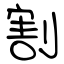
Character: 割